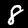
Label: 8